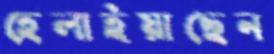
হেলাইয়াছেন